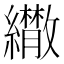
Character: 𦇕